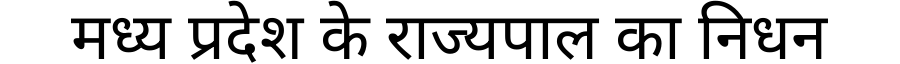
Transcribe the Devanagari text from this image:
मध्य प्रदेश के राज्यपाल का निधन